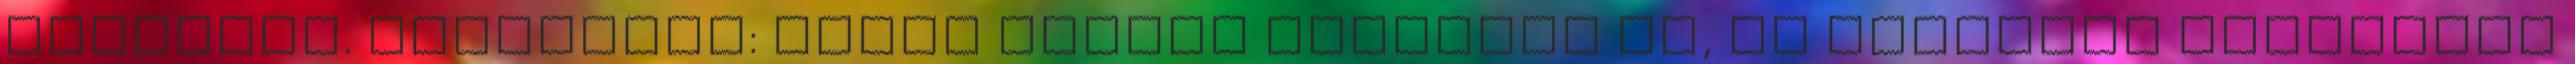
artériát. Ellenszer: nincs ismert gyógymód rá, az egyetlen enyhülést